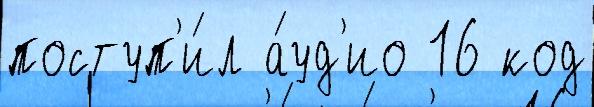
поступ'и́л а́уд'ио 16 код